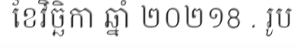
ខែវិច្ឆិកា ឆ្នាំ ២០២១8 . រូប